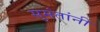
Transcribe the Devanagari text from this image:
सुमंतांनी